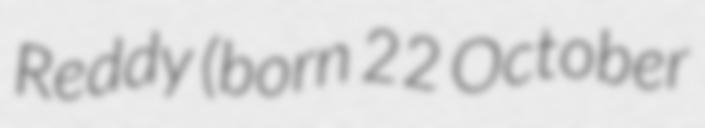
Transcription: Reddy (born 22 October